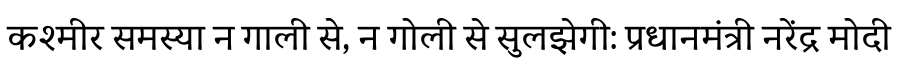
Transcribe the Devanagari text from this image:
कश्मीर समस्या न गाली से, न गोली से सुलझेगी: प्रधानमंत्री नरेंद्र मोदी